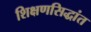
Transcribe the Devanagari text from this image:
शिक्षणसिद्धांत